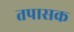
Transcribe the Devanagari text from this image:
तपासक